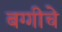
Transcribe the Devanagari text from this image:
बग्गीचे